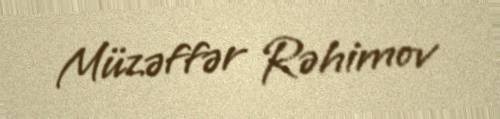
Müzəffər Rəhimov